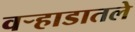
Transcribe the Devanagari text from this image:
वऱ्हाडातले